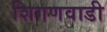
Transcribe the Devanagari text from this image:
शिगणवाडी